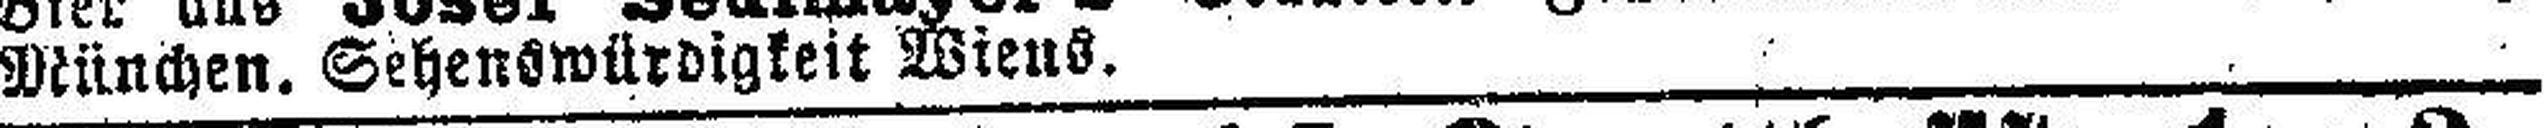
München. Sehenswürdigkeit Wiens.